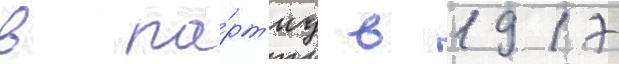
в па́рт'иу в 1917